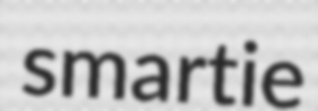
smartie